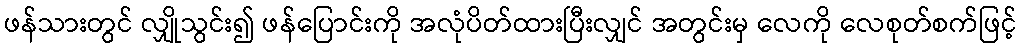
ဖန်သားတွင် လျှိုသွင်း၍ ဖန်ပြောင်းကို အလုံပိတ်ထားပြီးလျှင် အတွင်းမှ လေကို လေစုတ်စက်ဖြင့်